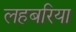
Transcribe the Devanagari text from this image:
लहबरिया